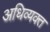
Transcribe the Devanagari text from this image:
अधिव्यक्त